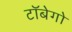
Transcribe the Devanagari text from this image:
टॉबेगो